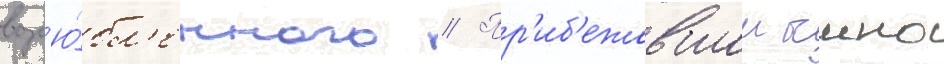
возл'ю́бл'енного // Пр'иб'ежавшии чино